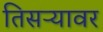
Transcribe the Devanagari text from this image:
तिसऱ्यावर